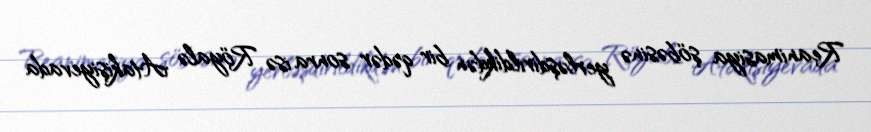
Reanimasiya şöbəsinə yerləşdirildikdən bir qədər sonra isə Röyalə Atakişiyevada